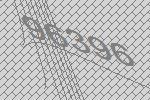
96396